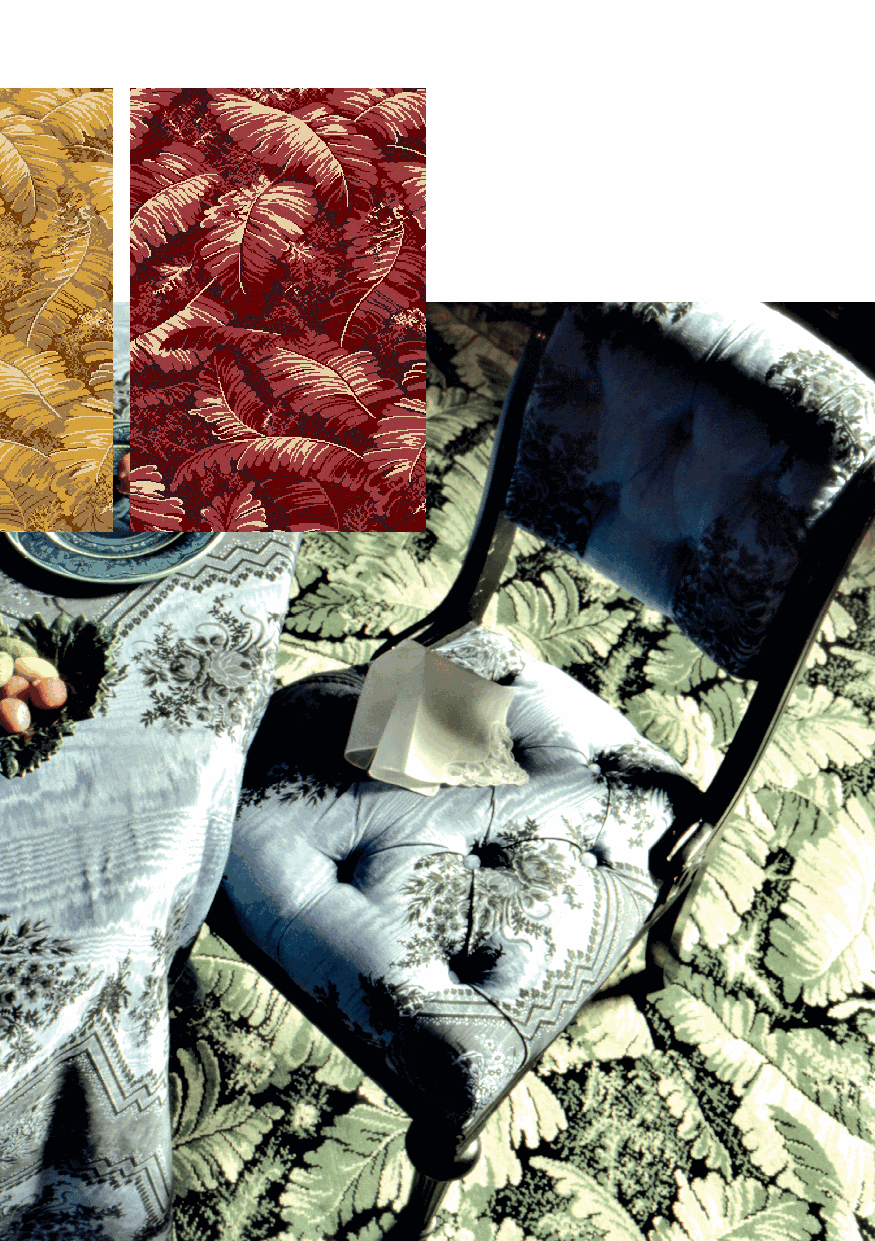
NP                          11